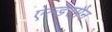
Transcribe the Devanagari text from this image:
ऐल्डरमैन